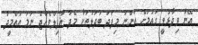
އޭނާ ވިދާޅުވީ ގައުމަށް އަންނަ މިފަދަ ބަދަލުތަކާ މެދު ޣާފިލްވެއްޖެ ނަމަ އުއްމީދު